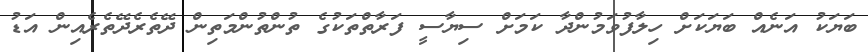
ބަޔަކު އަނެއް ބަޔަކަށް ހިލާފުވަމުންދާ ކަމަށް ސިޔާސީ ފަރާތްތަކުގެ ތުންތުންމަތިން ދޭތެރެދޭތެރެއިން އަޑު